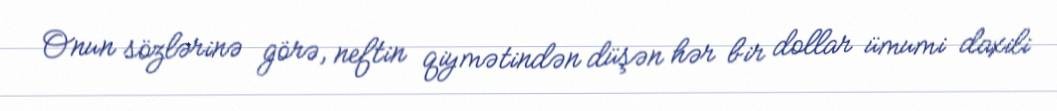
Onun sözlərinə görə, neftin qiymətindən düşən hər bir dollar ümumi daxili